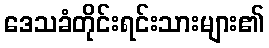
ဒေသခံတိုင်းရင်းသားများ၏